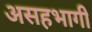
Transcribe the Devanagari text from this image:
असहभागी